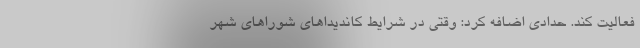
فعالیت کند. حدادی اضافه کرد: وقتی در شرایط کاندیداهای شوراهای شهر